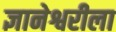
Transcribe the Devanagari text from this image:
ज्ञानेश्वरीला